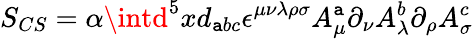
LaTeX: S_{CS}=\alpha\intd^{5}xd_{\mathtt{a}bc}\epsilon^{\mu\nu\lambda\rho\sigma}A_{\mu}^{\mathtt{a}}\partial_{\nu}A_{\lambda}^{b}\partial_{\rho}A_{\sigma}^{c}